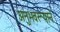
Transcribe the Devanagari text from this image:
अनुभवरूपाने